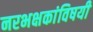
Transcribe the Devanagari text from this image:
नरभक्षकांविषयी